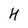
Character: H